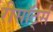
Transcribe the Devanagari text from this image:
रीसॉर्ट्स